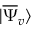
| \overline { { \Psi } } _ { v } \rangle